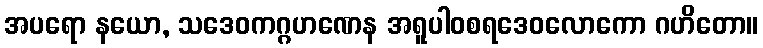
အပရော နယော, သဒေဝကဂ္ဂဟဏေန အရူပါဝစရဒေဝလောကော ဂဟိတော။